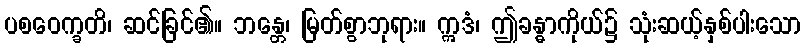
ပစဝေက္ခတိ၊ ဆင်ခြင်၏။ ဘန္တေ၊ မြတ်စွာဘုရား။ ဣဒံ၊ ဤခန္ဓာကိုယ်၌ သုံးဆယ့်နှစ်ပါးသော